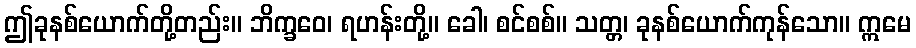
ဤခုနစ်ယောက်တို့တည်း။ ဘိက္ခဝေ၊ ရဟန်းတို့။ ခေါ၊ စင်စစ်။ သတ္တ၊ ခုနစ်ယောက်ကုန်သော။ ဣမေ